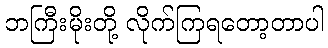
ဘကြီးမိုးတို့ လိုက်ကြရတော့တာပါ